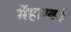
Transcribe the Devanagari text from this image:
मेंहारवर्ड